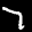
Label: 7